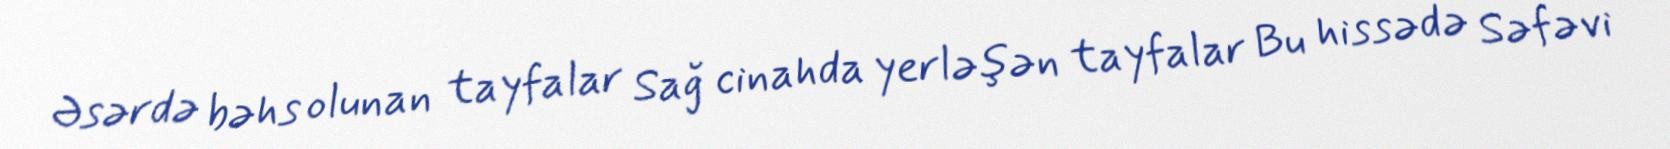
Əsərdə bəhs olunan tayfalar Sağ cinahda yerləşən tayfalar Bu hissədə Səfəvi